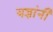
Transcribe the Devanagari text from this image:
यज्ञांनी